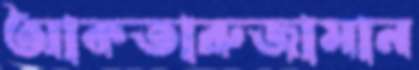
আকতারুজামান